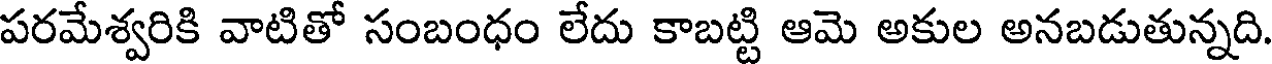
పరమేశ్వరికి వాటితో సంబంధం లేదు కాబట్టి ఆమె అకుల అనబడుతున్నది